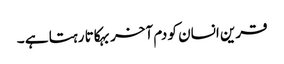
قرین انسان کو دم آخر بہکاتا رہتا ہے ۔